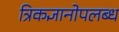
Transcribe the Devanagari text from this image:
त्रिकज्ञानोपलब्ध